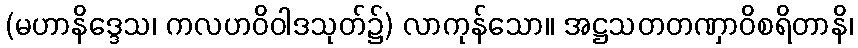
(မဟာနိဒ္ဒေသ၊ ကလဟဝိဝါဒသုတ်၌) လာကုန်သော။ အဋ္ဌသတတဏှာဝိစရိတာနိ၊